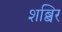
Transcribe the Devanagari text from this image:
शब्बिर